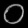
Digit: ၀